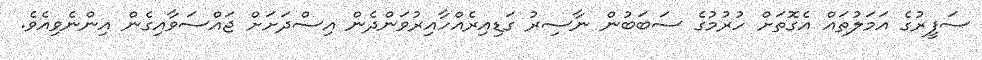
ސަފީރުގެ އަމަލުތައް އެގޮތަށް ހުރުމުގެ ސަބަބުން ނާސިރު ގަޑިއިރެއްހާއިރުވަންދެން އިސްދަށަށް ޖައްސަވާއިގެން އިންނެވިއެވެ.